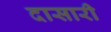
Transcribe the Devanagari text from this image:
दासारी